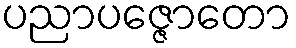
ပညာပဇ္ဇောတော